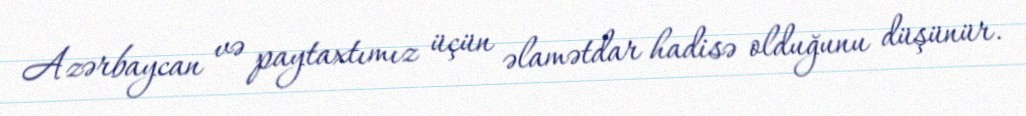
Azərbaycan və paytaxtımız üçün əlamətdar hadisə olduğunu düşünür.